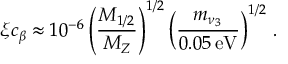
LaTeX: \xi c _ { \beta } \approx 1 0 ^ { - 6 } \left( \frac { M _ { 1 / 2 } } { M _ { Z } } \right) ^ { 1 / 2 } \left( \frac { m _ { \nu _ { 3 } } } { 0 . 0 5 \, \mathrm { e V } } \right) ^ { 1 / 2 } \, .